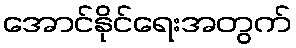
အောင်နိုင်ရေးအတွက်